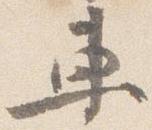
車